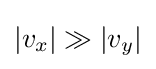
|v_{x}|\gg |v_{y}|